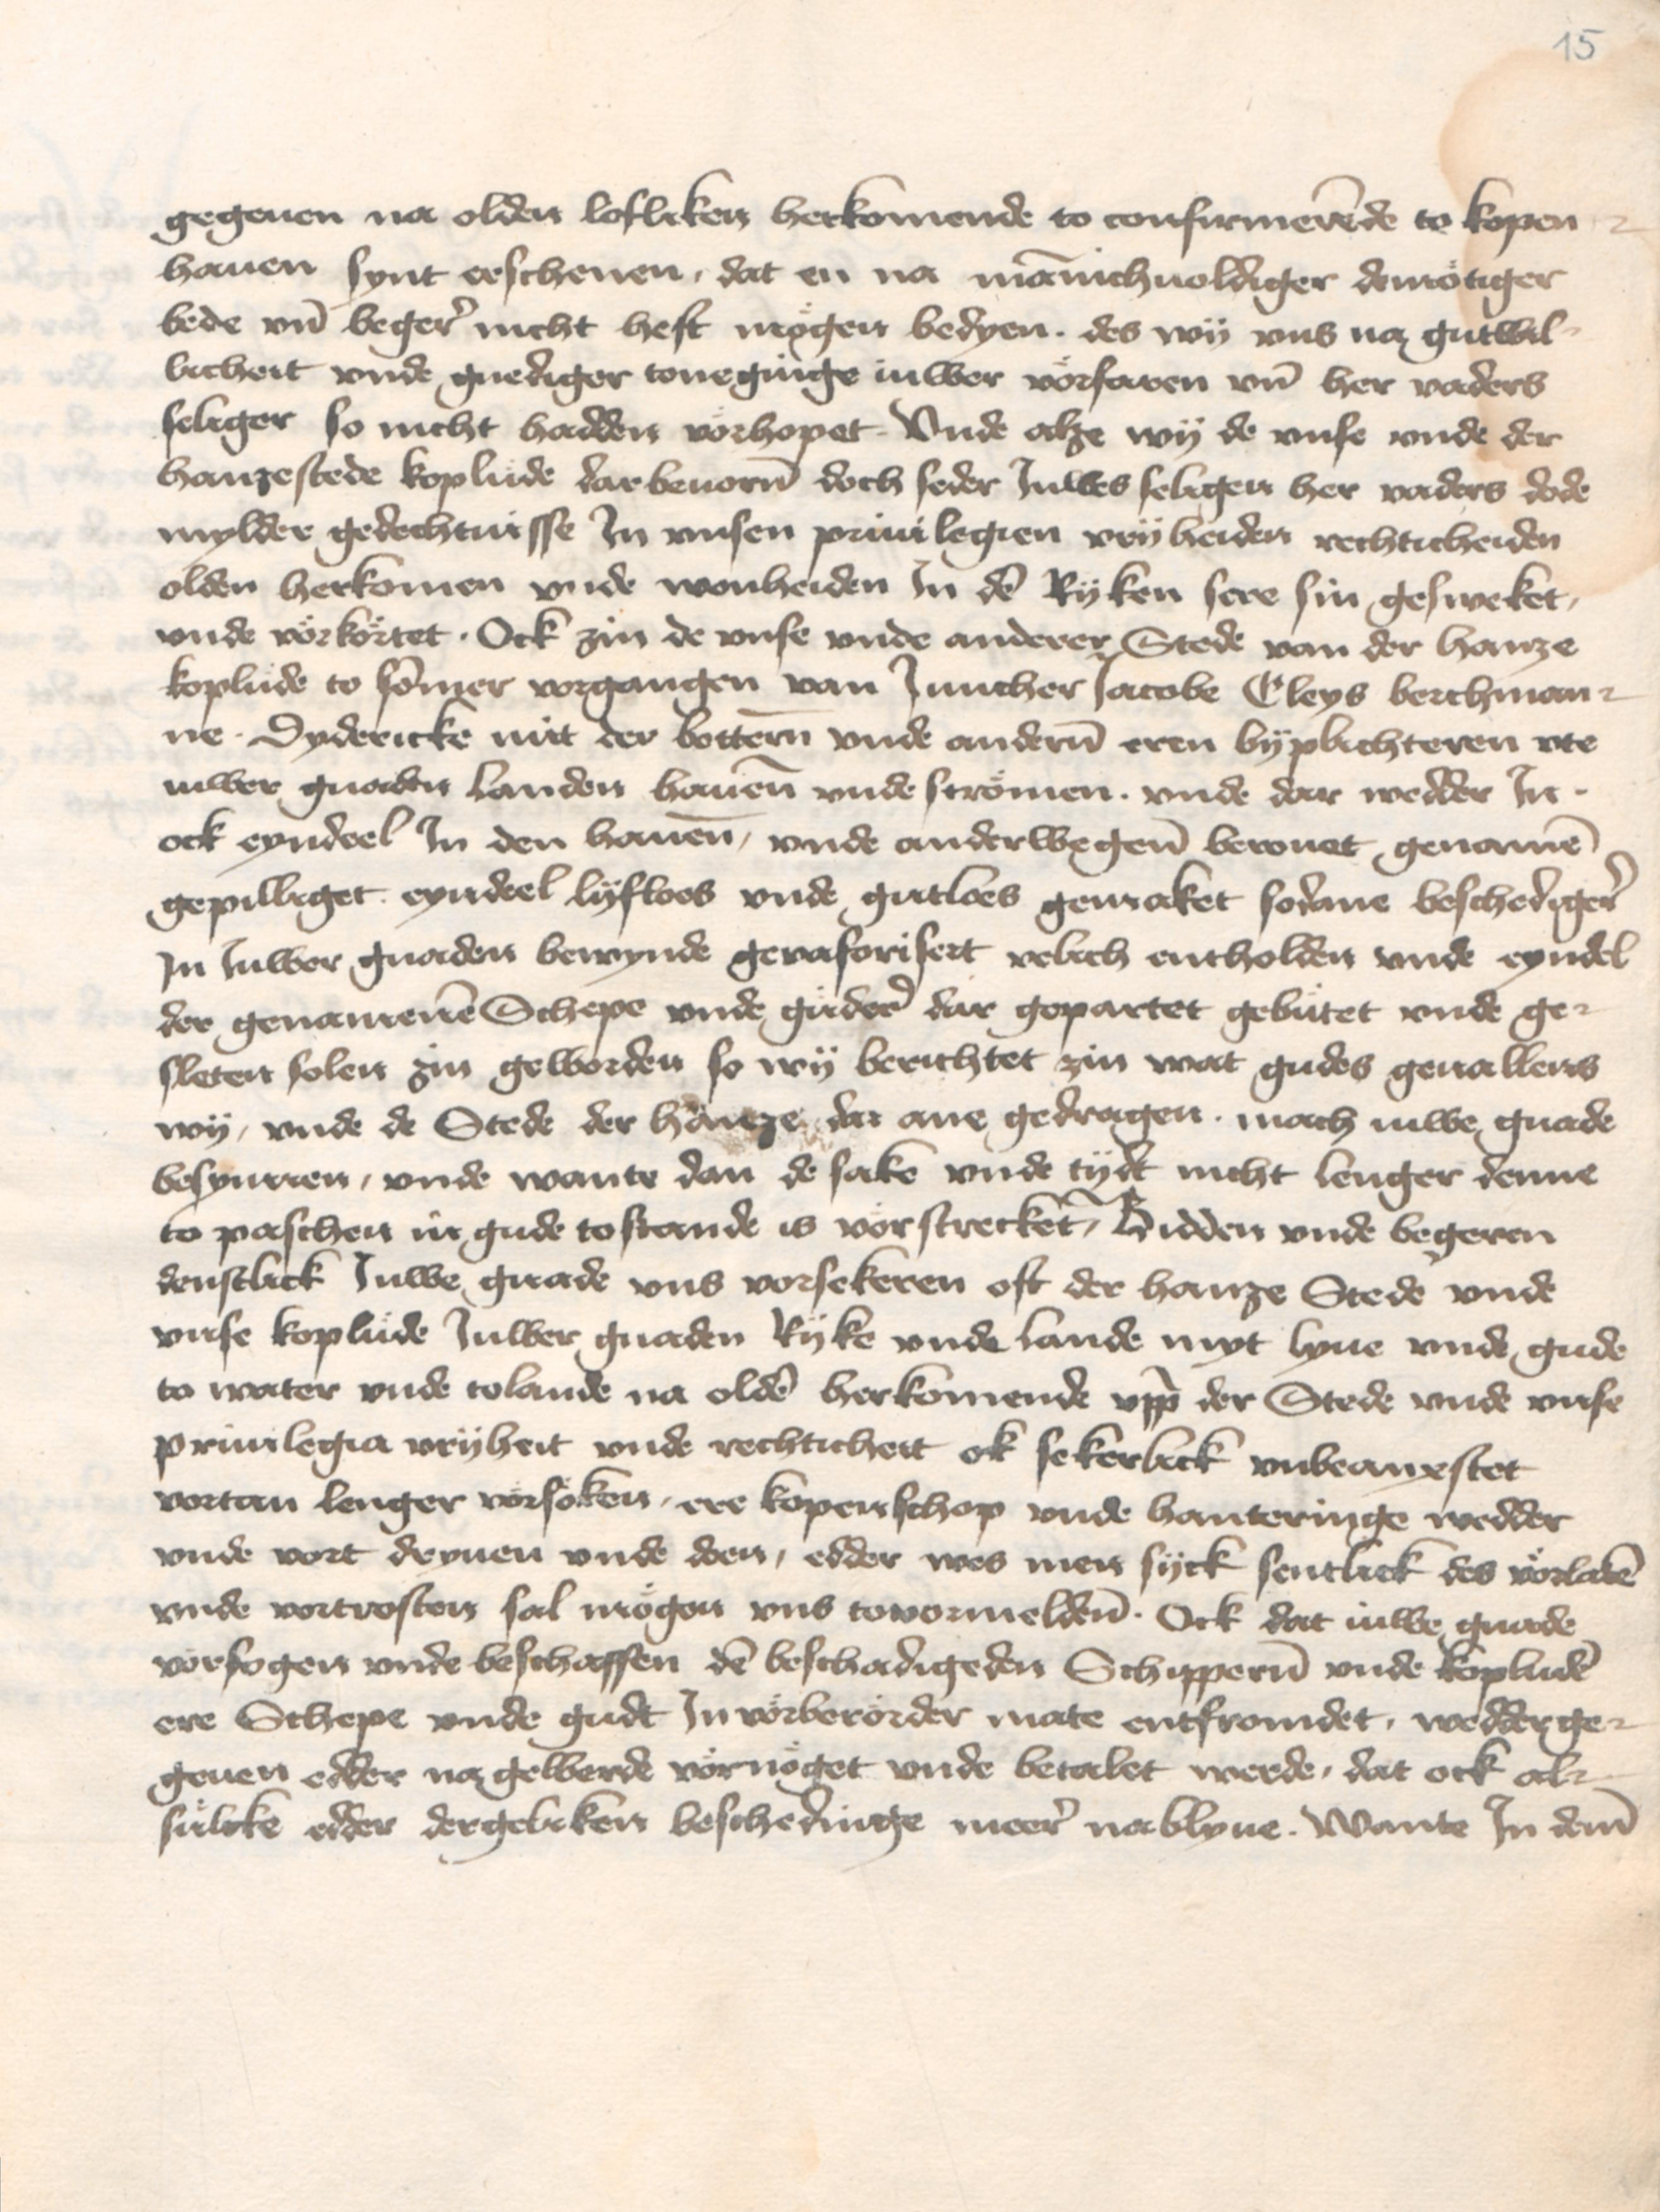
15

gegeuen na olden lofliken herkomende to confirmerende to Kopen¬
hauen synt erschenen, dat en na mannichuoldiger demotiger
bede vnd beger nicht heft mogen bedyen . des wy vns na gutwil¬
licheit vnde gnediger toneginge iuwer vorfaren vnd her vaders
seliger so nicht hadden vorhopet . Vnde alze wy de vnse vnde der
hanzestede koplude darbeuoren doch seder Juwes seligen her varders dode
mylder gedechtnisse Jn vnsen priuilegien vryheiden rechticheiden
olden herkomen vnde wonheiden Jn den Ryken sere sin gesweket,
vnde vorkortet . ock zin de vnse vnde anderer Stede van der hanze
koplude to sommer vorgangen van Juncher Jacobe Cleys Berchman¬
ne. Dydericke mit der Bottern vnde anderen eren byplichteren vte
iuwer gnaden landen hauene vnde stroemen . vnde dar wedder Jn .
ock eyndeel Jn den hauene, vnde anderwegene berouet genamen
gepilliget eyndeel lyfloes vnde gutloes gemaket sodane beschediger
Jn Juwer gnaden bewynde gevaforisert velich entholden vnde eyndel
der genamenen Schepe vnde guder dar gepartet gebutet vnde ge¬
sleten solen zin geworden so wy berichtet zin wat gudes geuallens
wy, vnde de Stede der hanze, dar ane gedragen . mach iuwe gnade
besyniren, vnde wante dan de sake vnde tydt nicht lenger denne
to paschen in gude tostande is vorstrecket, Bidden vnde begeren
denstlick Juwe gnade vns vorsekeren oft der hanze Stede vnde
vnse koplude Juwer gnaden Ryke vnde lande myt lyue vnde gude
to water vnde to lande na olden herkomende vppe der Stede vnde vnse
priuilegia vryheit vnde rechticheit ok sekerlick vnbeanxstet
vortan lenger vorsoken, ere kopenschop vnde hanteringe wedder
vnde vort dryuen vnde doen, edder wes men syck sentlick des vorlaten
vnde vortrosten sal mogen vns tovormeldene . Ock dat iuwe gnade
vorfogen vnde beschaffen den beschadigeden Schipperen vnde kopluden
ere Schepe vnde gudt Jn vorberorder mate entfromdet, wedderge¬
geuen edder na gewerde voernoeget vnde betalet werde, dat ock al¬
suelke edder dergeliken beschedinge meer na blyue . Wante Jn deme